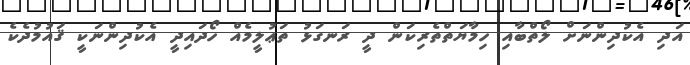
އަދި އެކުދިންނަށް ލޯތްބާއި ހިމާޔަތްތެރިކަން ދީ ރަނގަޅު ތަޢުލީމެއް ހޯދައިދީ އެކުދިންނަކީ ޤައުމުދެކެ